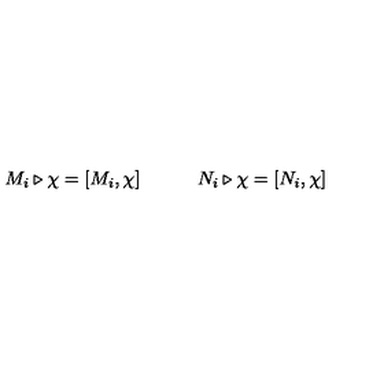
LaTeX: M _ { i } \triangleright \chi = [ M _ { i } , \chi ] \qquad \quad N _ { i } \triangleright \chi = [ N _ { i } , \chi ]